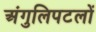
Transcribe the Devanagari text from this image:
अंगुलिपटलों